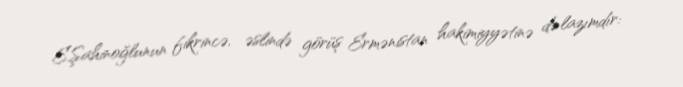
E.Şahinoğlunun fikrincə, əslində görüş Ermənistan hakimiyyətinə də lazımdır: